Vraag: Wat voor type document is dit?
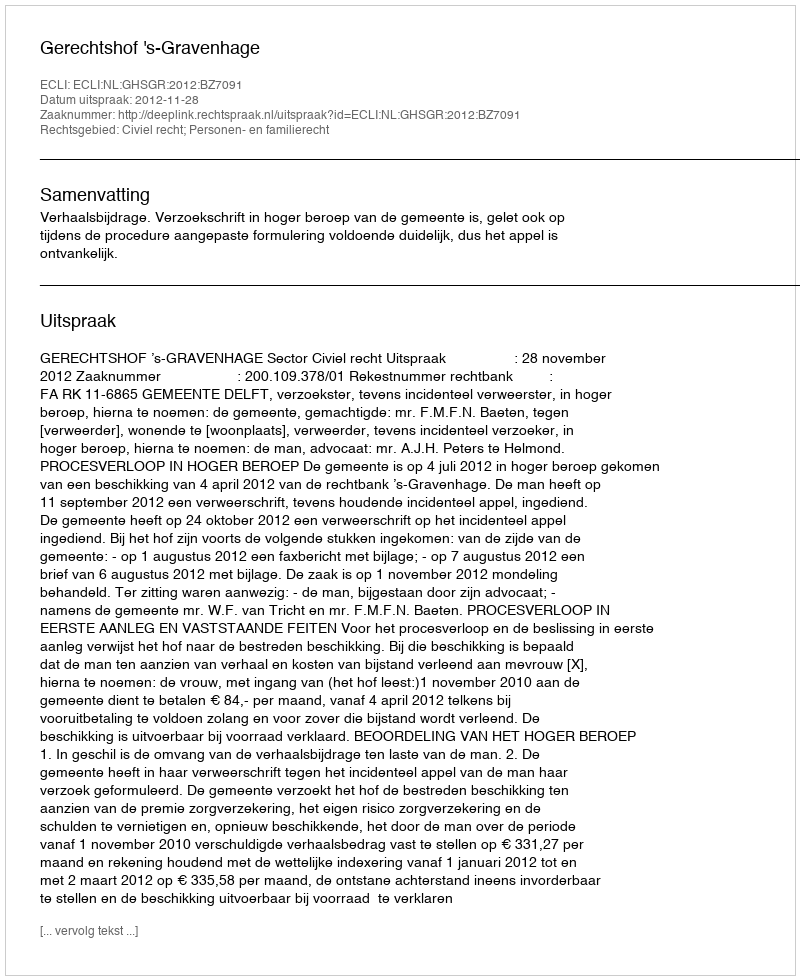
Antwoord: Uitspraak